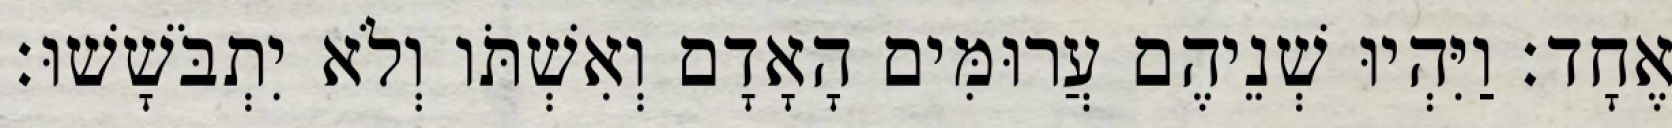
אֶחָד׃ וַיִּהְיוּ שְׁנֵיהֶם עֲרוּמִּים הָאָדָם וְאִשְׁתֹּו וְלֹא יִתְבֹּשָׁשׁוּ׃